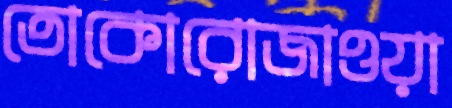
তোকোরোজাওয়া